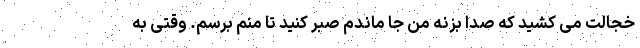
خجالت می کشید که صدا بزنه من جا ماندم صبر کنید تا منم برسم. وقتی به